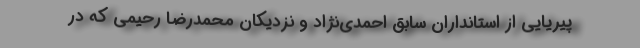
پیریایی از استانداران سابق احمدی‌نژاد و نزدیکان محمدرضا رحیمی که در